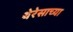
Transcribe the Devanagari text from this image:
थेरेसाच्या